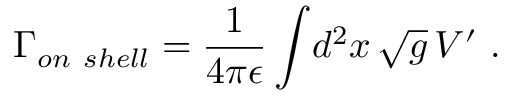
{ \Gamma _ { o n \ s h e l l } } = { \frac { 1 } { 4 \pi \epsilon } } \int \! d ^ { 2 } x \, \sqrt { g } \, V ^ { \prime } \ .